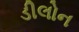
ડીલોન